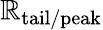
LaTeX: \mathbb{R}_{\mathrm{{tail/peak}}}